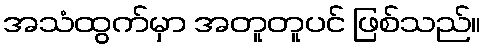
အသံထွက်မှာ အတူတူပင် ဖြစ်သည်။